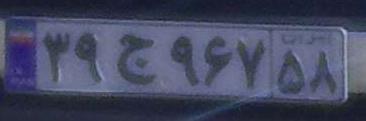
۳۹ج۹۶۷۵۸